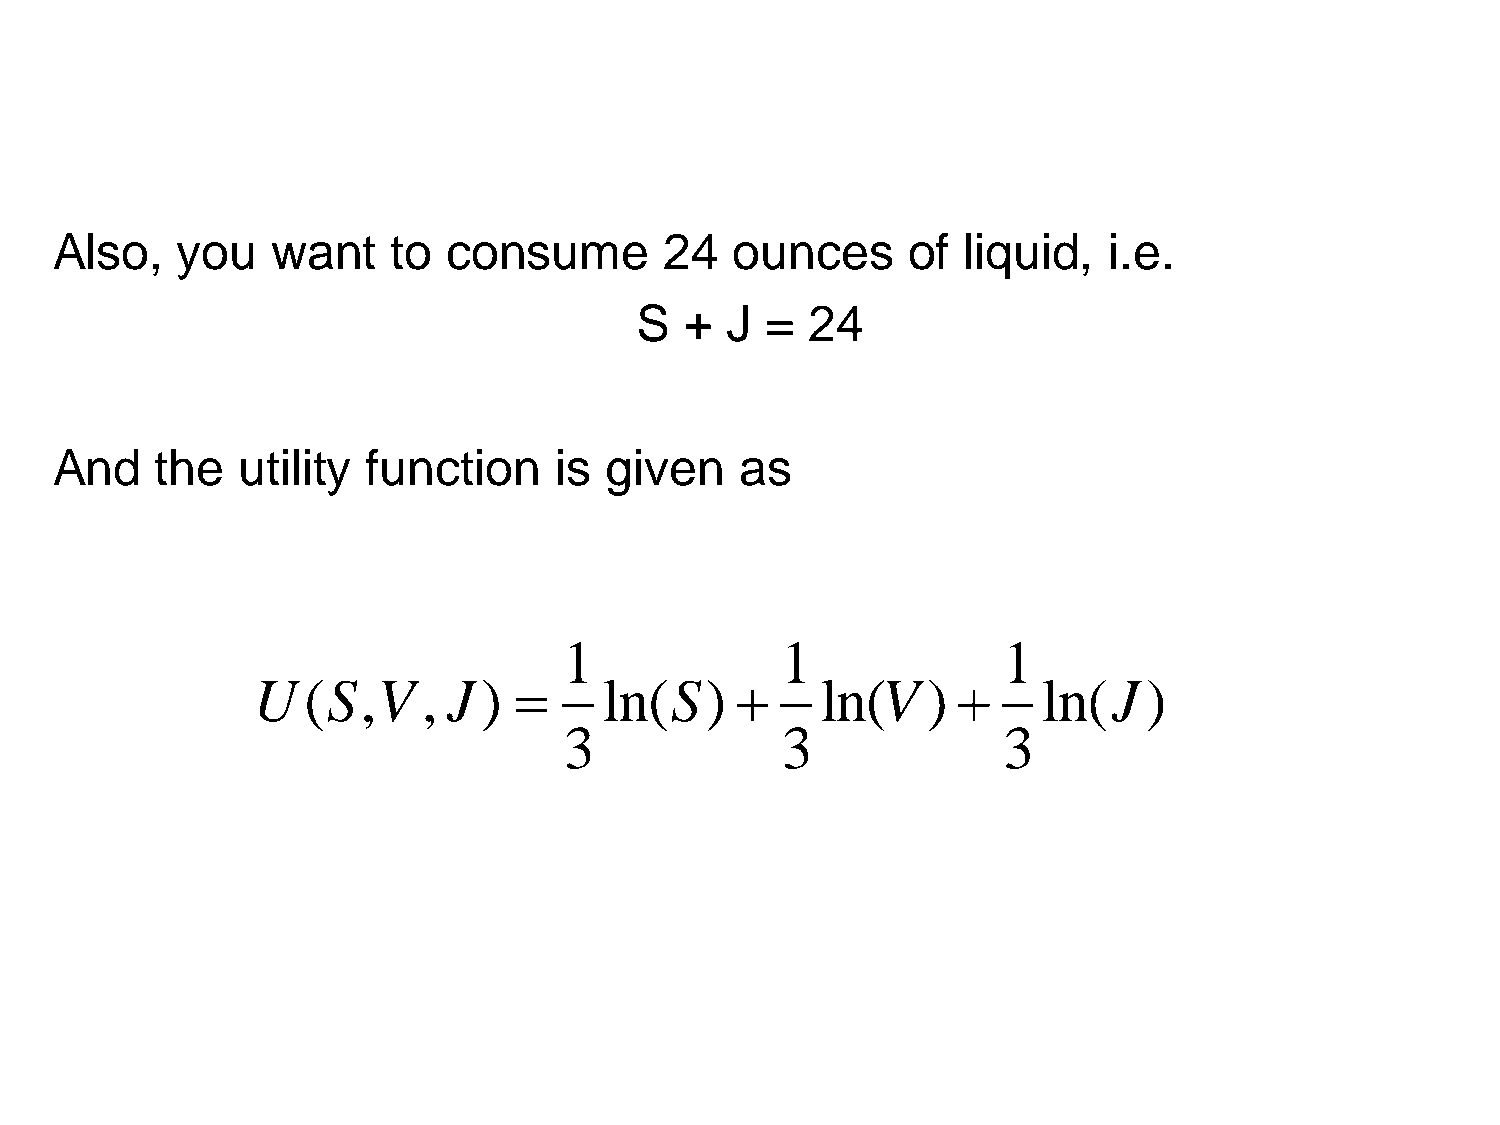
Also,    you   want    to  consume       24   ounces     of  liquid,  i.e.
 S  +  J  =  24
 And    the   utility function     is given    as
 1              1             1
 U  (S,V    , J )      ln(S)        ln(V   )      ln(J   )
 3              3             3